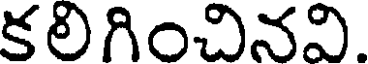
కలిగించినవి.